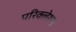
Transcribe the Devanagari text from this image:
परिक्लेशन